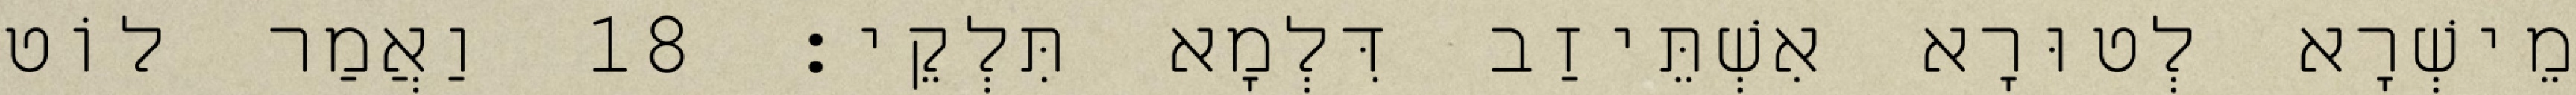
מֵישְׁרָא לְטוּרָא אִשְׁתֵּיזַב דִּלְמָא תִּלְקֵי׃ 18 וַאֲמַר לוֹט